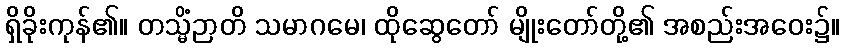
ရှိခိုးကုန်၏။ တသ္မိံဉာတိ သမာဂမေ၊ ထိုဆွေတော် မျိုးတော်တို့၏ အစည်းအဝေး၌။